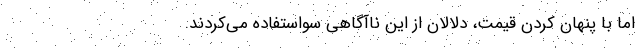
اما با پنهان کردن قیمت، دلالان از این ناآگاهی سواستفاده می‌کردند.